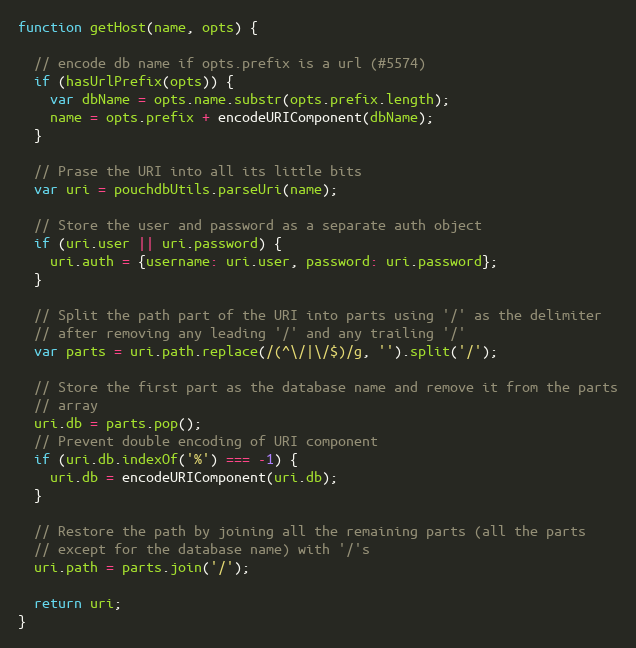
Language: JavaScript
function getHost(name, opts) {

  // encode db name if opts.prefix is a url (#5574)
  if (hasUrlPrefix(opts)) {
    var dbName = opts.name.substr(opts.prefix.length);
    name = opts.prefix + encodeURIComponent(dbName);
  }

  // Prase the URI into all its little bits
  var uri = pouchdbUtils.parseUri(name);

  // Store the user and password as a separate auth object
  if (uri.user || uri.password) {
    uri.auth = {username: uri.user, password: uri.password};
  }

  // Split the path part of the URI into parts using '/' as the delimiter
  // after removing any leading '/' and any trailing '/'
  var parts = uri.path.replace(/(^\/|\/$)/g, '').split('/');

  // Store the first part as the database name and remove it from the parts
  // array
  uri.db = parts.pop();
  // Prevent double encoding of URI component
  if (uri.db.indexOf('%') === -1) {
    uri.db = encodeURIComponent(uri.db);
  }

  // Restore the path by joining all the remaining parts (all the parts
  // except for the database name) with '/'s
  uri.path = parts.join('/');

  return uri;
}